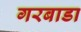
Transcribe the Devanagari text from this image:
गरबाडा